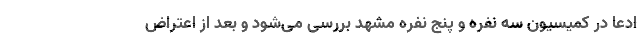
ادعا در کمیسیون سه نفره و پنج نفره مشهد بررسی می‌شود و بعد از اعتراض